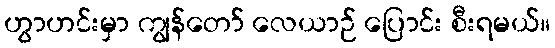
ဟွာဟင်းမှာ ကျွန်တော် လေယာဉ် ပြောင်း စီးရမယ်။